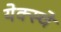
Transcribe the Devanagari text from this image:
येक्स्चे